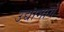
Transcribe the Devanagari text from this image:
उद्यामागे